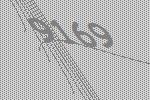
9169